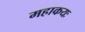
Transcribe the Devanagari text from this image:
महाकयः